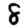
Digit: 8